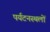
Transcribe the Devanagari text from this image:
पर्यटनस्थलों